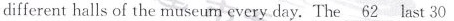
different halls of the museum every day. The \underline{62} last 30